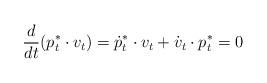
LaTeX: \begin{align*} \frac{d}{dt} (p^*_t \cdot v_t) = \dot{p}^*_t \cdot v_t + \dot{v}_t \cdot p^*_t = 0 \end{align*}